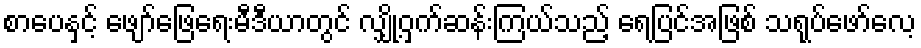
စာပေနှင့် ဖျော်ဖြေရေးမီဒီယာတွင် လျှို့ဝှက်ဆန်းကြယ်သည့် ရေပြင်အဖြစ် သရုပ်ဖော်လေ့